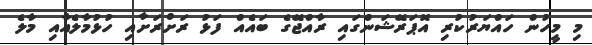
މި މީހުން ހައްޔަރުކުރި އޮޕަރޭޝަންގައި ރާއްޖޭގެ ބައެއް ފަޅު ރަށްރަށާއި ހުޅުމާލެއާއި މާލެ